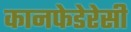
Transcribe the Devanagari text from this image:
कानफेडेरेसी